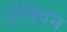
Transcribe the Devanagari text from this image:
सेक्विन